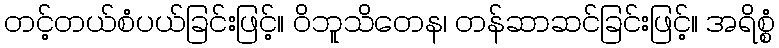
တင့်တယ်စံပယ်ခြင်းဖြင့်။ ဝိဘူသိတေန၊ တန်ဆာဆင်ခြင်းဖြင့်။ အရိစ္စံ